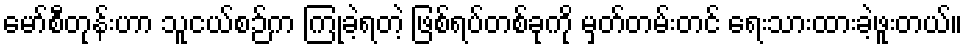
မော်စီတုန်းဟာ သူငယ်စဉ်က ကြုံခဲ့ရတဲ့ ဖြစ်ရပ်တစ်ခုကို မှတ်တမ်းတင် ရေးသားထားခဲ့ဖူးတယ်။